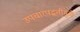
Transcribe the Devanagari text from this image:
उपचारपद्धतीमुळे